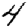
Digit: 4